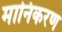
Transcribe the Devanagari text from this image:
मानिकरण